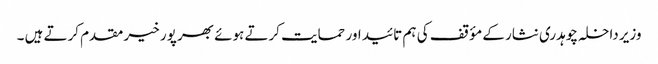
وزیر داخلہ چوہدری نثار کے مؤقف کی ہم تائید اور حمایت کرتے ہوئے بھر پور خیر مقدم کرتے ہیں ۔